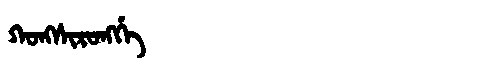
Manchu: ᡴᠣᠩᠰᡳᡵᠣᠩᡤᡝ
Romanization: KONGSIRONGGE